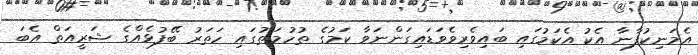
އެމަނިކުފާނާ އެކު އެކަމުގައި ބައިވެރިވެވަޑައިގަންނަވާ ކަމުގެ ތުހުމަތުގައި ހަތަރު ބޭފުޅެއްގެ ޝަރީއަތް އެބަ